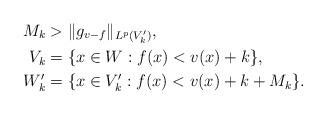
LaTeX: \begin{align*}M_k &> \|g_{v-f}\|_{L^p(V'_k)}, \\V_k &= \{x\in W: f(x)< v(x)+k\}, \\W'_k &= \{x\in V'_k: f(x) <v(x)+k+M_k\}.\end{align*}